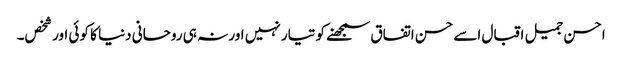
احسن جمیل اقبال اسے حسن اتفاق سمجھنے کو تیار نہیں اور نہ ہی روحانی دنیا کا کوئی اور شخص۔